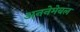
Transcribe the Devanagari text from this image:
अननेमेबल